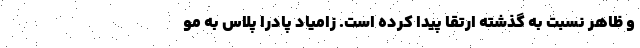
و ظاهر نسبت به گذشته ارتقا پیدا کرده است. زامیاد پادرا پلاس به مو